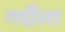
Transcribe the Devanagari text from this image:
गर्दीला